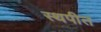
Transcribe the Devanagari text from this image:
स्थपीत